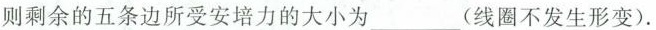
则剩余的五条边所受安培力的大小为___(线圈不发生形变).